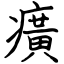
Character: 癀